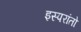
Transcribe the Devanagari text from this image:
इस्परांतो